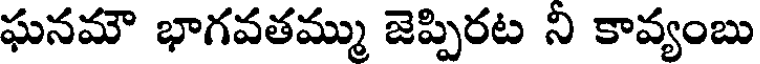
ఘనమౌ భాగవతమ్ము జెప్పిరట ని కావ్యంబు